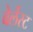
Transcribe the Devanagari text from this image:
वेर्लेस्ट